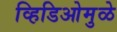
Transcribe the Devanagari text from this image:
व्हिडिओमुळे